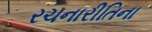
રચનારીતિના